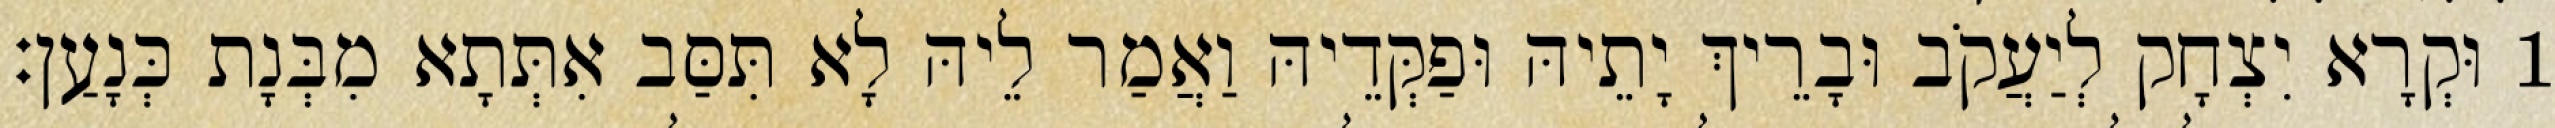
1 וּקְרָא יִצְחָק לְיַעֲקֹב וּבָרֵיךְ יָתֵיהּ וּפַקְּדֵיהּ וַאֲמַר לֵיהּ לָא תִּסַּב אִתְּתָא מִבְּנָת כְּנָעַן׃